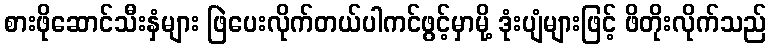
စားဖိုဆောင်သီးနှံများ ဖြဲပေးလိုက်တယ်ပါကင်ဖွင့်မှာမို့ ဒုံးပျံများဖြင့် ဖိတိုးလိုက်သည်